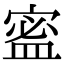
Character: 䀄